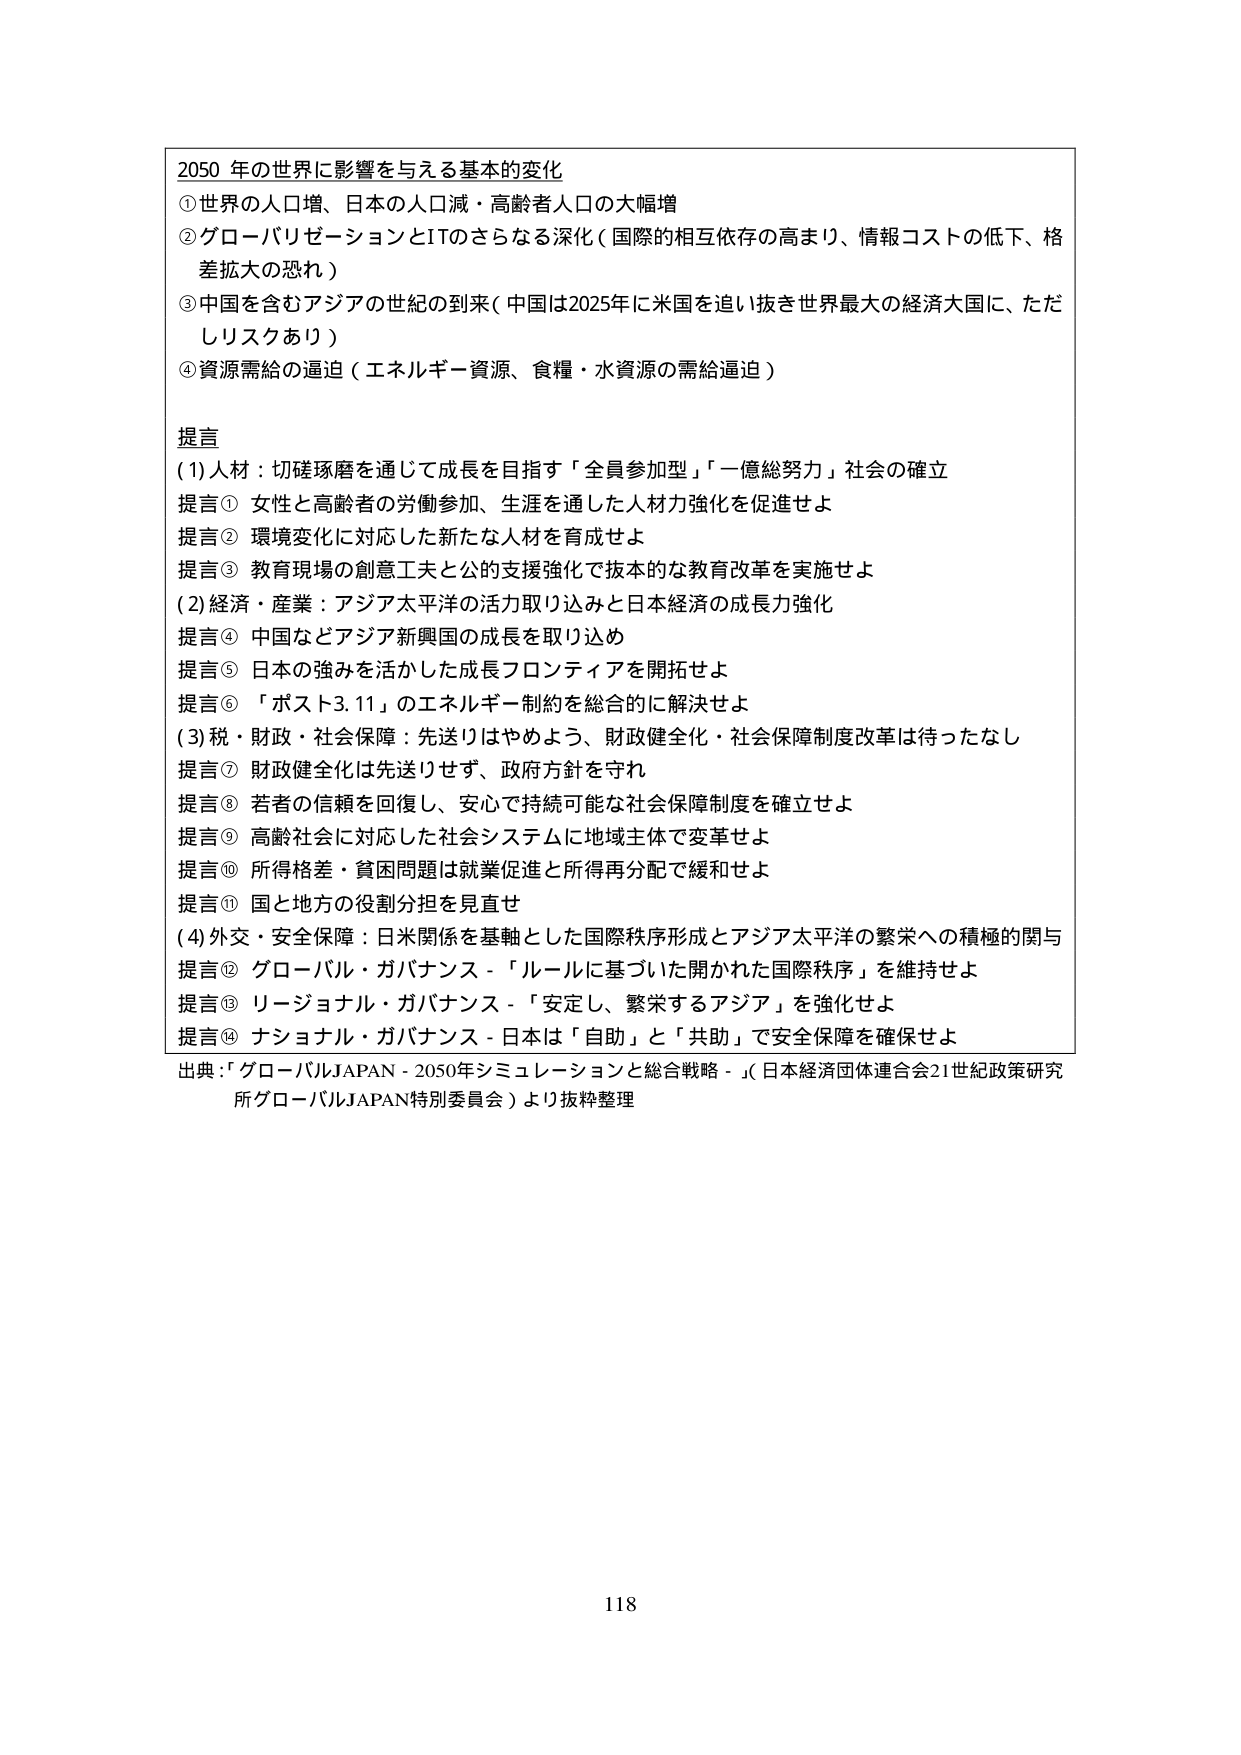
2050 年の世界に影響を与える基本的変化
①世界の人口増、日本の人口減・高齢者人口の大幅増
②グローバリゼーションとITのさらなる深化（国際的相互依存の高まり、情報コストの低下、格差拡大の恐れ）
③中国を含むアジアの世紀の到来（中国は2025年に米国を追い抜き世界最大の経済大国に、ただしリスクあり）
④資源需給の逼迫（エネルギー資源、食糧・水資源の需給逼迫）

提言
(1) 人材：切磋琢磨を通じて成長を目指す「全員参加型」「一億総努力」社会の確立
提言① 女性と高齢者の労働参加、生涯を通した人材力強化を促進せよ
提言② 環境変化に対応した新たな人材を育成せよ
提言③ 教育現場の創意工夫と公的支援強化で抜本的な教育改革を実施せよ
(2) 経済・産業：アジア太平洋の活力取り込みと日本経済の成長力強化
提言④ 中国などアジア新興国の成長を取り込め
提言⑤ 日本の強みを活かした成長フロンティアを開拓せよ
提言⑥ 「ポスト3.11」のエネルギー制約を総合的に解決せよ
(3) 税・財政・社会保障：先送りはやめよう、財政健全化・社会保障制度改革は待ったなし
提言⑦ 財政健全化は先送りせず、政府方針を守れ
提言⑧ 若者の信頼を回復し、安心で持続可能な社会保障制度を確立せよ
提言⑨ 高齢社会に対応した社会システムに地域主体で変革せよ
提言⑩ 所得格差・貧困問題は就業促進と所得再分配で緩和せよ
提言⑪ 国と地方の役割分担を見直せ
(4) 外交・安全保障：日米関係を基軸とした国際秩序形成とアジア太平洋の繁栄への積極的関与
提言⑫ グローバル・ガバナンス－「ルールに基づいた開かれた国際秩序」を維持せよ
提言⑬ リージョナル・ガバナンス－「安定し、繁栄するアジア」を強化せよ
提言⑭ ナショナル・ガバナンス－日本は「自助」と「共助」で安全保障を確保せよ

出典：「グローバルJAPAN－2050年シミュレーションと総合戦略－」（日本経済団体連合会21世紀政策研究所グローバルJAPAN特別委員会）より抜粋整理

118